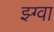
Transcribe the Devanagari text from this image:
झ्ग्वा